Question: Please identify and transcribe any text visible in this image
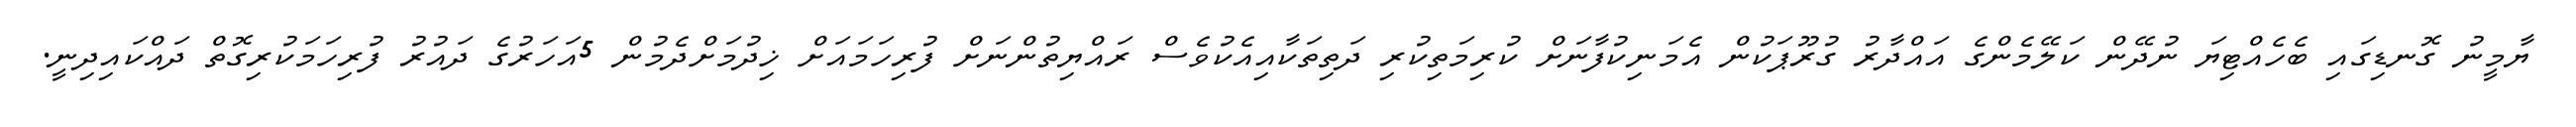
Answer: ޔާމީނު ގޮނޑިގައި ބެހެއްޓިޔަ ނުދޭން ކަލޭމެންގެ އައްދާރު ގުރޫޕަކުން އެމަނިކުފާނަށް ކުރިމަތިކުރި ދަތިތަކާއިއެކުވެސް ރައްޔިތުންނަށް ފުރިހަމައަށް ޚިދުމަށްދެމުން 5އަހަރުގެ ދައުރު ފުރިހަމަކުރިގޮތް ދައްކައިދިނީ.